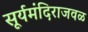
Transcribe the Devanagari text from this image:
सूर्यमंदिराजवळ